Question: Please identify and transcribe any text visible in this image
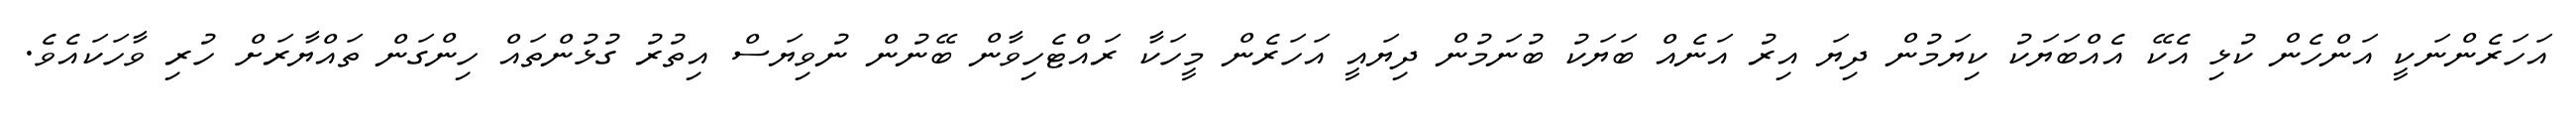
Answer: އަހަރެންނަކީ އަންހެން ކުޅި އެކޭ އެއްބަޔަކު ކިޔަމުން ދިޔަ އިރު އަނެއް ބަޔަކު ބުނަމުން ދިޔައީ އަހަރެން މީހަކާ ރައްޓެހިވާން ބޭނުން ނުވިޔަސް އިތުރު ގުޅުންތައް ހިންގަން ތައްޔާރަށް ހުރި ވާހަކައެވެ.